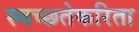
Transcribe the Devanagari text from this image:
स्वच्छतेकरिता